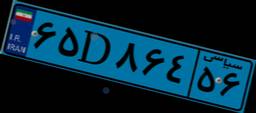
۶۵D۸۶۴۵۶